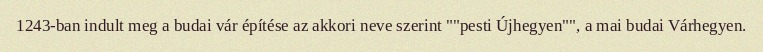
1243-ban indult meg a budai vár építése az akkori neve szerint ""pesti Újhegyen"", a mai budai Várhegyen.